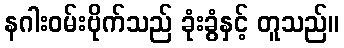
နဂါးဝမ်းဗိုက်သည် ခုံးခွံနှင့် တူသည်။